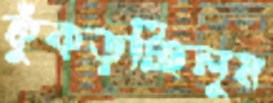
কুঁকড়চ্ছিলুম